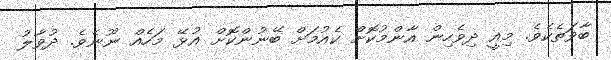
ބާވަތެކެވެ. މިއީ ދިވެހިން އާންމުކޮށް ކެއުމަށް ބޭނުންކޮށް އުޅޭ މަހެއް ނޫނެވެ. ދުވާލު